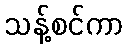
သန့်စင်ကာ